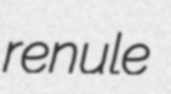
renule